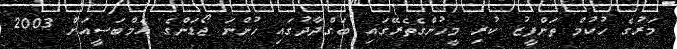
މަރުގެ ހުކުމް ތަންފީޒު ކުރި މީހުންގެތެރޭގައި ބަގްދާދުގައި ހުންނަ ޖޯޑަންގެ އެމްބަސީއަށް 2003